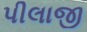
પીલાજી